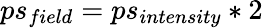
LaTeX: ps_{field}=ps_{intensity}*2